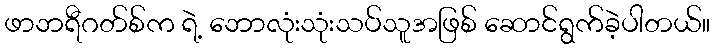
ဖာဘရီဂတ်စ်က ရဲ့ ဘောလုံးသုံးသပ်သူအဖြစ် ဆောင်ရွက်ခဲ့ပါတယ်။